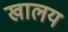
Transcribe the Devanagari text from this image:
खालय